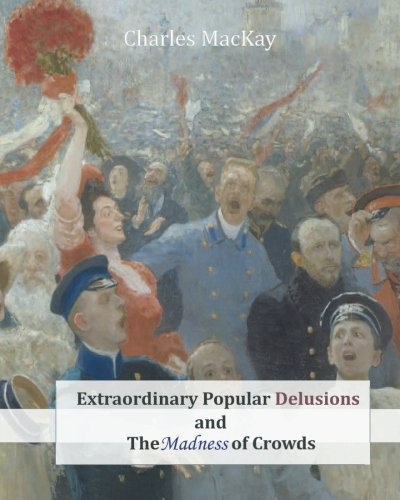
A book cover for Extraordinary Popular Delusions and The Madness of Crowds; Charles MacKay; Medical Books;